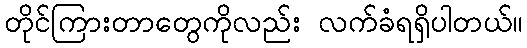
တိုင်ကြားတာတွေကိုလည်း လက်ခံရရှိပါတယ်။